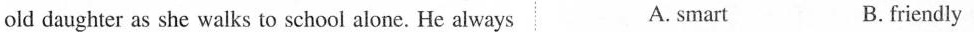
old daughter as she walks to school alone. He always A. smart B. friendly